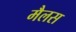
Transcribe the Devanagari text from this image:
मैलस